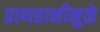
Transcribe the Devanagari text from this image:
प्राणहानीमुळे